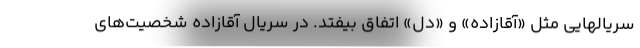
سریالهایی مثل «آقازاده» و «دل» اتفاق بیفتد. در سریال آقازاده شخصیت‌های